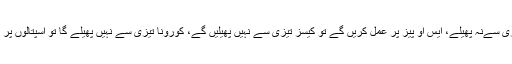
انہوں نے کہا ہمیں پتاہےکوروناوائرس کوپھیلناہے لیکن ہماری کوشش ہے کہ ملک میں کوروناتیزی سےنہ پھیلے، ایس او پیز پر عمل کریں گے تو کیسز تیزی سے نہیں پھیلیں گے، کورونا تیزی سے نہیں پھیلے گا تو اسپتالوں پر پریشر کم آئے گا، کوشش ہے ان ڈھائی مہینوں میں کورونا کو تیزی سے پھیلنے سے روکا جائے۔